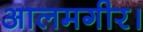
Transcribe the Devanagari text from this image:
आलमगीर।